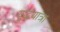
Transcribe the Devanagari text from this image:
युद्धयात्रा